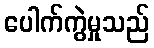
ပေါက်ကွဲမှုသည်